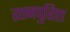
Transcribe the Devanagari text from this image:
रतनपुरिहा